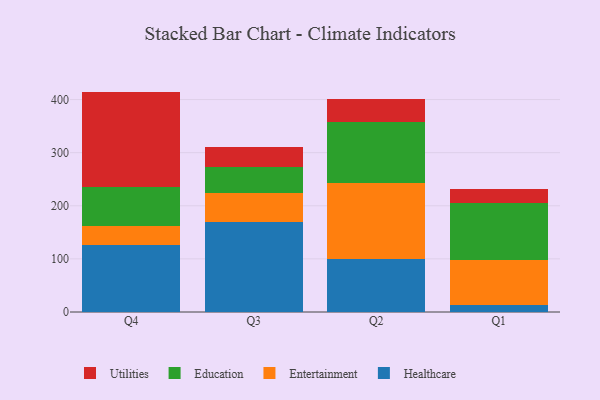
{"axis": {"x": "Quarter", "y": "Active Users"}, "legend": ["Education", "Entertainment", "Healthcare", "Utilities"], "data": [{"x": "Q4", "y": 125.7, "type": "Healthcare"}, {"x": "Q4", "y": 36.7, "type": "Entertainment"}, {"x": "Q4", "y": 72.7, "type": "Education"}, {"x": "Q4", "y": 179.9, "type": "Utilities"}, {"x": "Q3", "y": 170.2, "type": "Healthcare"}, {"x": "Q3", "y": 53.4, "type": "Entertainment"}, {"x": "Q3", "y": 49.5, "type": "Education"}, {"x": "Q3", "y": 37.9, "type": "Utilities"}, {"x": "Q2", "y": 99.4, "type": "Healthcare"}, {"x": "Q2", "y": 143.5, "type": "Entertainment"}, {"x": "Q2", "y": 114.1, "type": "Education"}, {"x": "Q2", "y": 44.9, "type": "Utilities"}, {"x": "Q1", "y": 13.9, "type": "Healthcare"}, {"x": "Q1", "y": 84.4, "type": "Entertainment"}, {"x": "Q1", "y": 107.7, "type": "Education"}, {"x": "Q1", "y": 24.8, "type": "Utilities"}]}